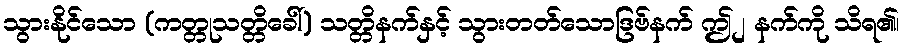
သွားနိုင်သော (ကတ္တုသတ္တိခေါ်) သတ္တိနက်နှင့် သွားတတ်သောဒြဗ်နက် ဤ၂ နက်ကို သိရ၏၊